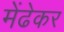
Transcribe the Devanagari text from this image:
मेंढेकर